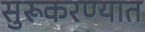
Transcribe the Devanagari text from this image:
सुरूकरण्यात